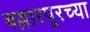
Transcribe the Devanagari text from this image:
बल्लारपूरच्या